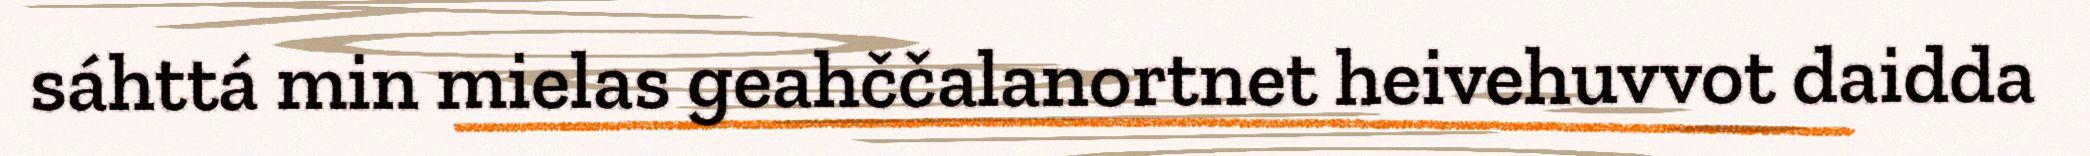
sáhttá min mielas geahččalanortnet heivehuvvot daidda